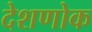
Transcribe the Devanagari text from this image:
देशणोक